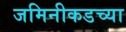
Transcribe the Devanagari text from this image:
जमिनीकडच्या